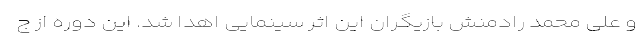
و علی محمد رادمنش بازیگران این اثر سینمایی اهدا شد. این دوره از ج